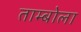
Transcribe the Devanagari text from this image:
ताम्बोला